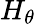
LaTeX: H_{\theta}